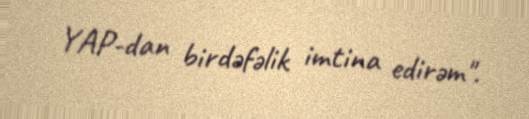
YAP-dan birdəfəlik imtina edirəm".